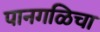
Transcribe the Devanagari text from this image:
पानगळिचा